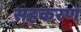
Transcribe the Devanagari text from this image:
सहकरण